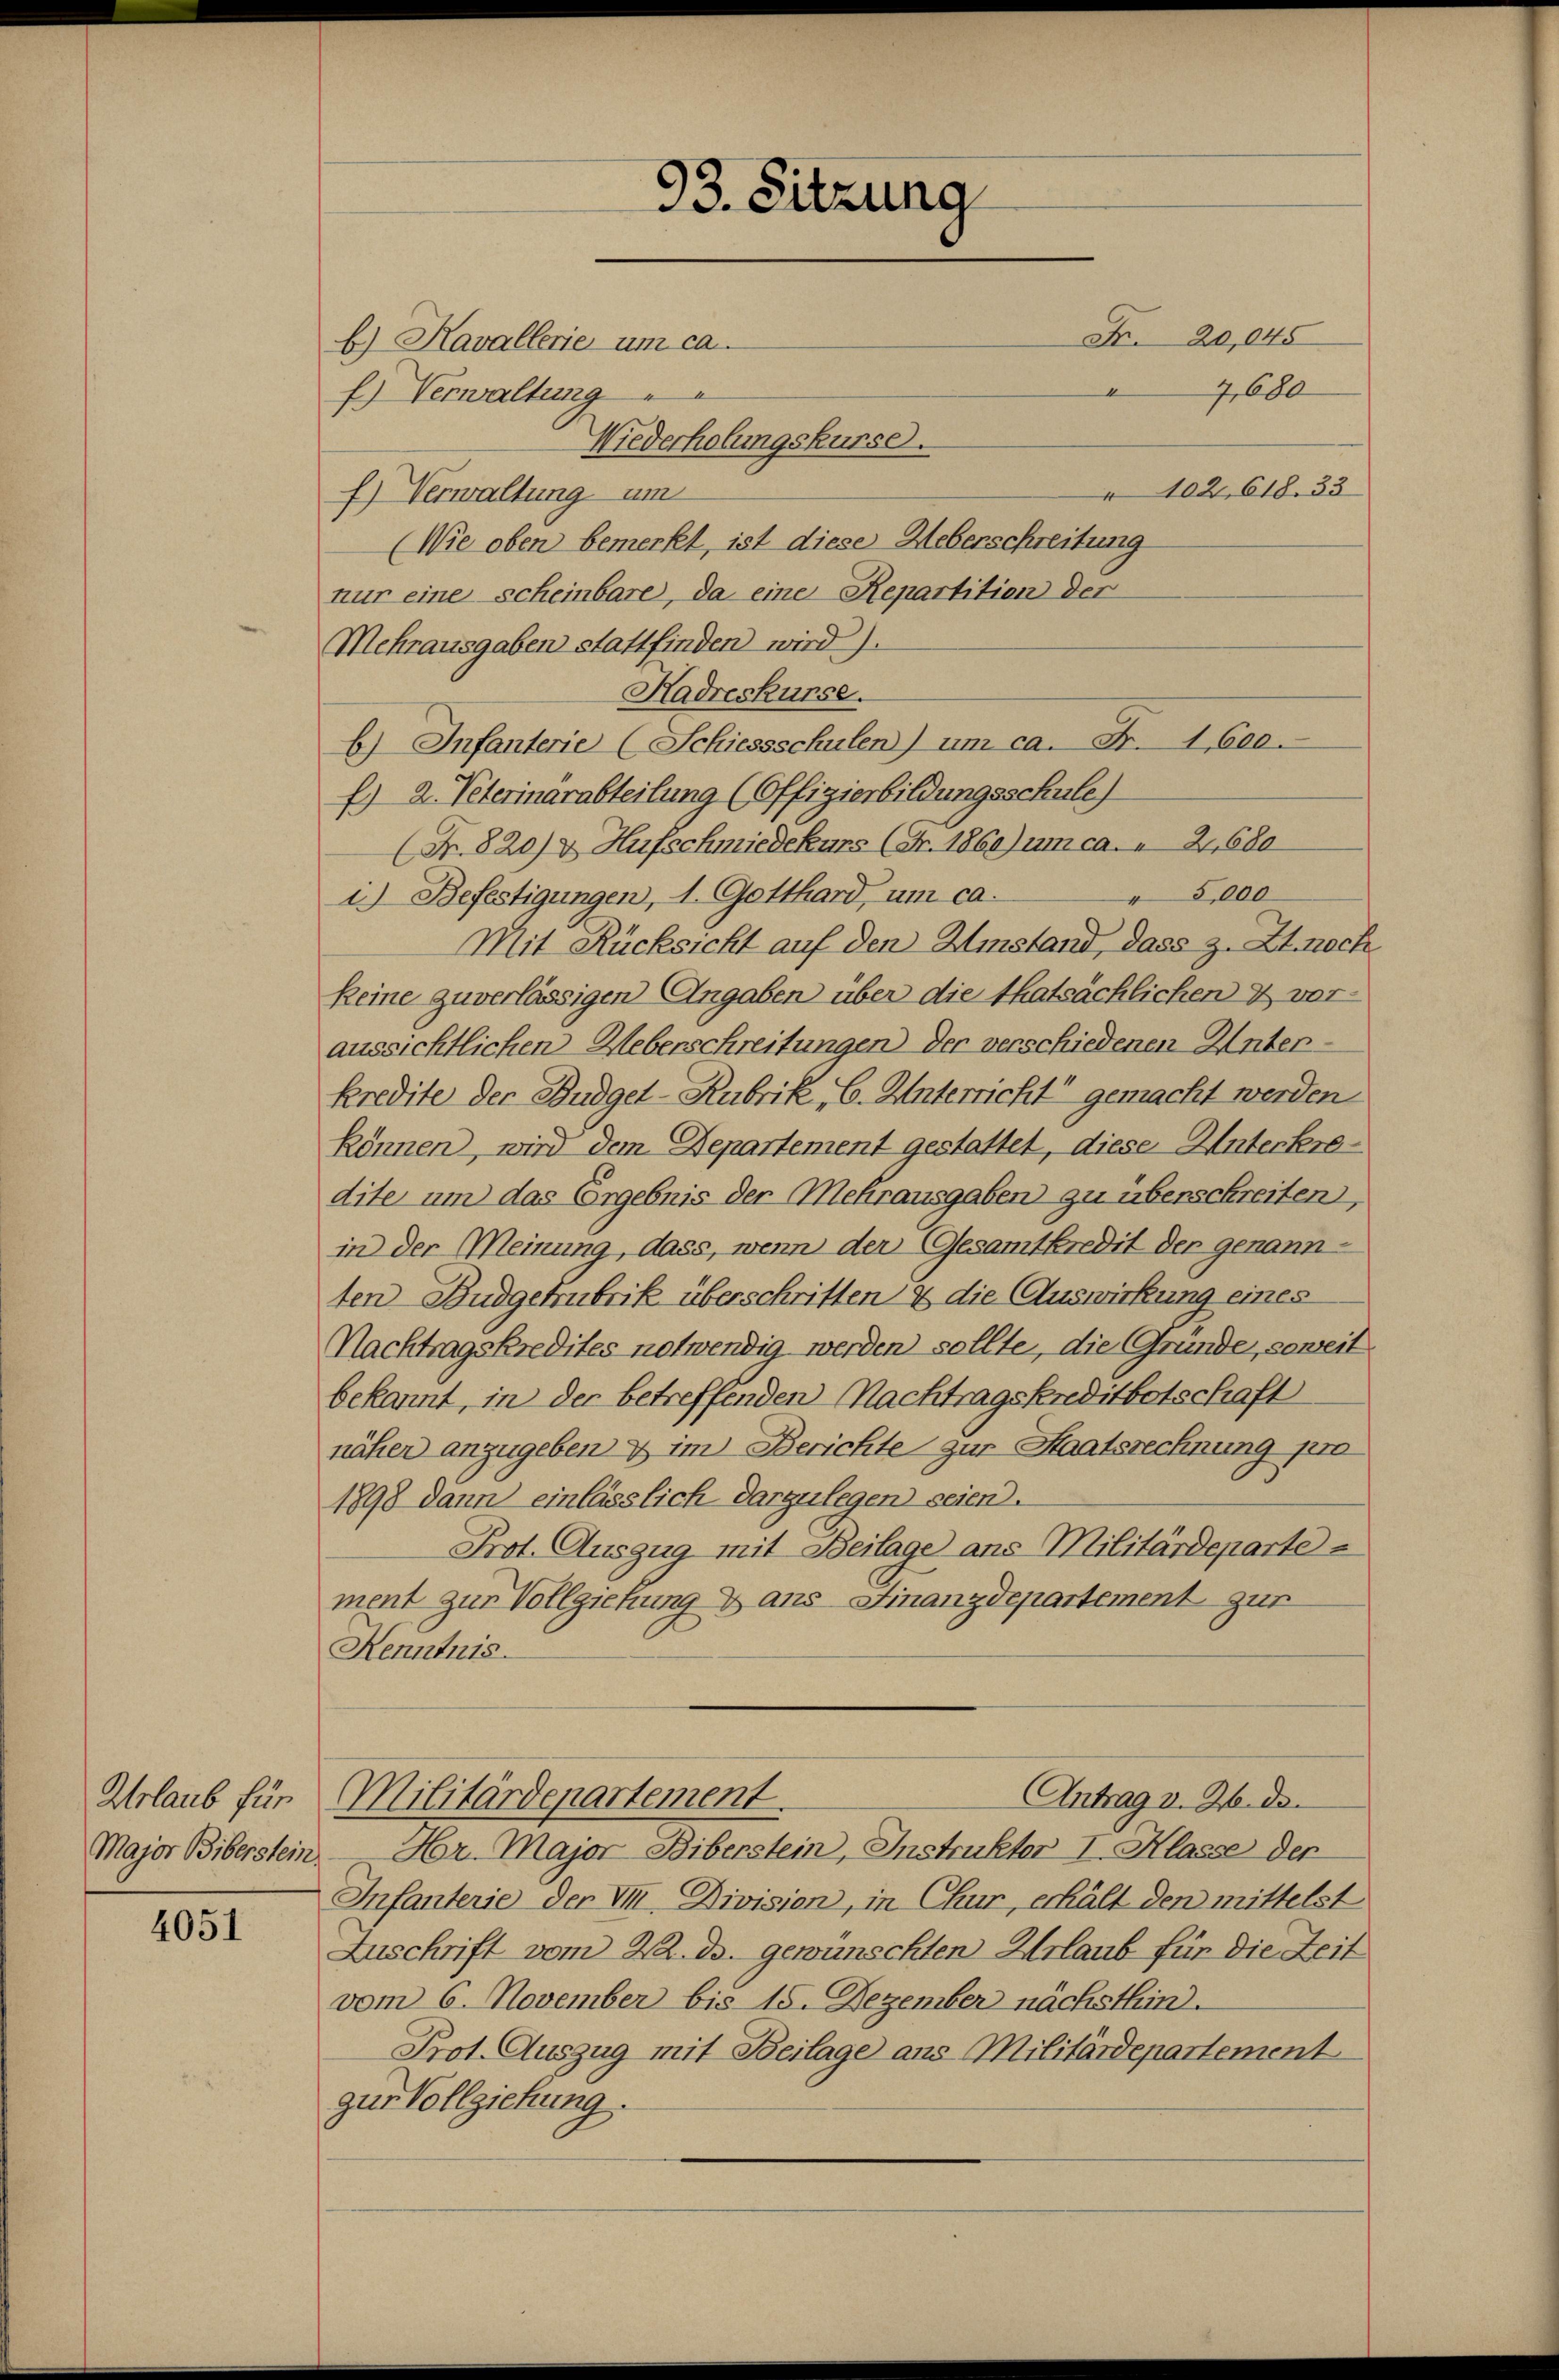
Urlaub für
Major Biberstein

4051

b) Kavallerie um ca.
f.) Verwaltung
f) Verwaltung um
(Wie oben bemerkt, ist diese Ueberschreitung
nur eine scheinbare, da eine Repartition der
Mehrausgaben stattfinden wird.
Kadreskurse.
b) Infanterie (Schiessschulen) um ca. Fr. 1,600.
E) 2. Peterinärabteilung (Offizierbildungsschule)
(Nr. 820) & Hufschmiedekurs (Fr. 1860) um ca. 2, 680
5,000
i.) Befestigungen, 1. Gotthard, um ca.
Mit Rücksicht auf den Umstand, dass z. Zt. noch
keine zuverlässigen Angaben über die thatsächlichen & vor-
aussichtlichen Ueberschreitungen der verschiedenen Unterkredite der Budget-Rubrik, 6. Unterricht gemacht werden.
können, wird dem Departement gestattet, diese Unterkeredite um das Ergebnis der Mehrausgaben zu überschreiten,
in der Meinung, dass, wenn der Gesamtkredit der genannten Budgetrubrik überschritten & die Auswirkung eines
Nachtragskredites notwendig werden sollte, die Gründe, soweit
bekannt, in der betreffenden Nachtragskreditbotschaft
näher anzugeben & im Berichte zur Staatsrechnung pro
1898 dann einlässlich darzulegen seien.
Prot. Auszug mit Beilage ans Militärdeparte
ment zur Vollziehung & ans Finanzdepartement zur
Kenntnis.
Antrag v. 26. ds.
Militärdepartement.
Hr. Major Biberstein, Instruktor I. Klasse der
Infanterie der VII. Division, in Chur, erhält den mittelst
Zuschrift vom 22. ds. gewünschten Urlaub für die Zeit
vom 6. November bis 15. Dezember nächsthin.
Prot. Auszug mit Beilage ans Militärdepartement
zur Vollziehung.

93. Sitzung

Wiederholungskurse.

Fr. 20,045
.
4,680

102, 618. 33